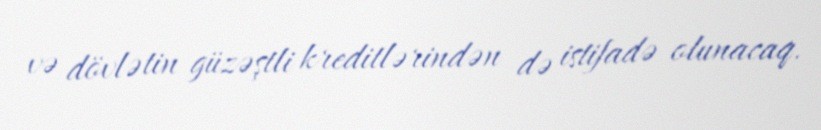
və dövlətin güzəştli kreditlərindən də istifadə olunacaq.